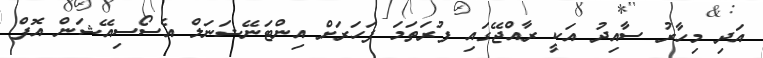
އަދި މިހާރު ސާއިދު އަކީ ރާއްޖޭގައި ފުރަތަމަ ފަހަރަށް އިންޓަނޭޝަނަލް އެސޯސިއޭޝަން އޮފް